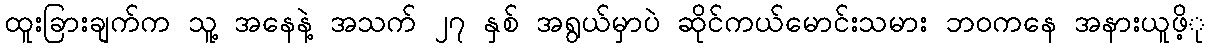
ထူးခြားချက်က သူ့ အနေနဲ့ အသက် ၂၇ နှစ် အရွယ်မှာပဲ ဆိုင်ကယ်မောင်းသမား ဘဝကနေ အနားယူဖိ့ု